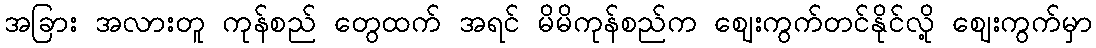
အခြား အလားတူ ကုန်စည် တွေထက် အရင် မိမိကုန်စည်က ဈေးကွက်တင်နိုင်လို့ ဈေးကွက်မှာ